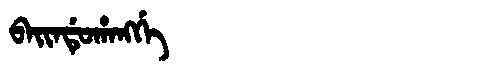
Manchu: ᠪᠠᡳᠨᡩᡠᡥᠠᠩᡤᡝ
Romanization: BAINDUHANGGE